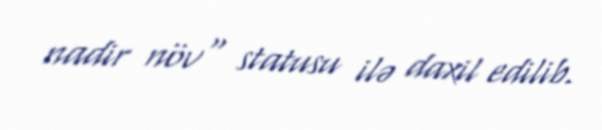
nadir növ" statusu ilə daxil edilib.